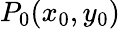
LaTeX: P_{0}(x_{0},y_{0})